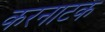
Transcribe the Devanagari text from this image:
करनाटक